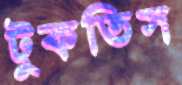
টুকতিস